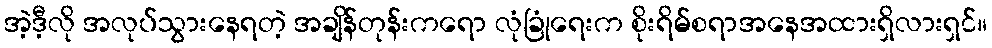
အဲ့ဒီ့လို အလုပ်သွားနေရတဲ့ အချိန်တုန်းကရော လုံခြုံရေးက စိုးရိမ်စရာအနေအထားရှိလားရှင်။